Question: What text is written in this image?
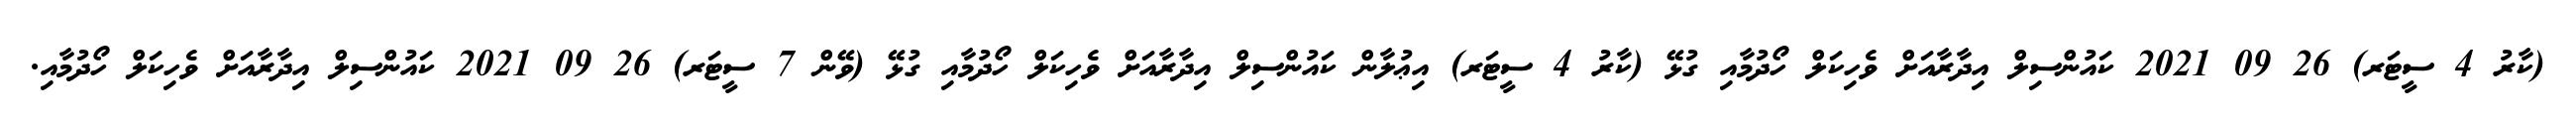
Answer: (ކާރު 4 ސީޓަރ) 26 09 2021 ކައުންސިލް އިދާރާއަށް ވެހިކަލް ހޯދުމާއި ގުޅޭ (ކާރު 4 ސީޓަރ) އިޢުލާން ކައުންސިލް އިދާރާއަށް ވެހިކަލް ހޯދުމާއި ގުޅޭ (ވޭން 7 ސީޓަރ) 26 09 2021 ކައުންސިލް އިދާރާއަށް ވެހިކަލް ހޯދުމާއި.